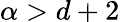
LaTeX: \alpha>d+2